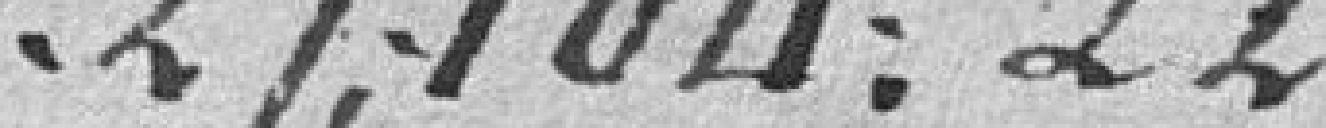
27104.22